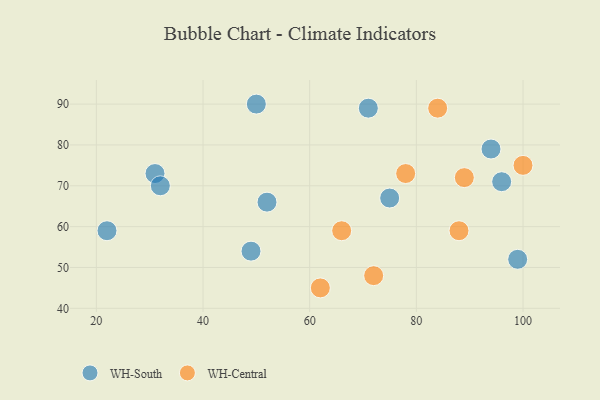
{"axis": {"x": "GDP", "y": "Life Expectancy"}, "legend": ["WH-Central", "WH-South"], "data": [{"x": "96", "y": 71, "type": "WH-South"}, {"x": "50", "y": 90, "type": "WH-South"}, {"x": "99", "y": 52, "type": "WH-South"}, {"x": "94", "y": 79, "type": "WH-South"}, {"x": "31", "y": 73, "type": "WH-South"}, {"x": "49", "y": 54, "type": "WH-South"}, {"x": "71", "y": 89, "type": "WH-South"}, {"x": "52", "y": 66, "type": "WH-South"}, {"x": "22", "y": 59, "type": "WH-South"}, {"x": "32", "y": 70, "type": "WH-South"}, {"x": "75", "y": 67, "type": "WH-South"}, {"x": "66", "y": 59, "type": "WH-Central"}, {"x": "84", "y": 89, "type": "WH-Central"}, {"x": "88", "y": 59, "type": "WH-Central"}, {"x": "72", "y": 48, "type": "WH-Central"}, {"x": "62", "y": 45, "type": "WH-Central"}, {"x": "89", "y": 72, "type": "WH-Central"}, {"x": "78", "y": 73, "type": "WH-Central"}, {"x": "100", "y": 75, "type": "WH-Central"}]}